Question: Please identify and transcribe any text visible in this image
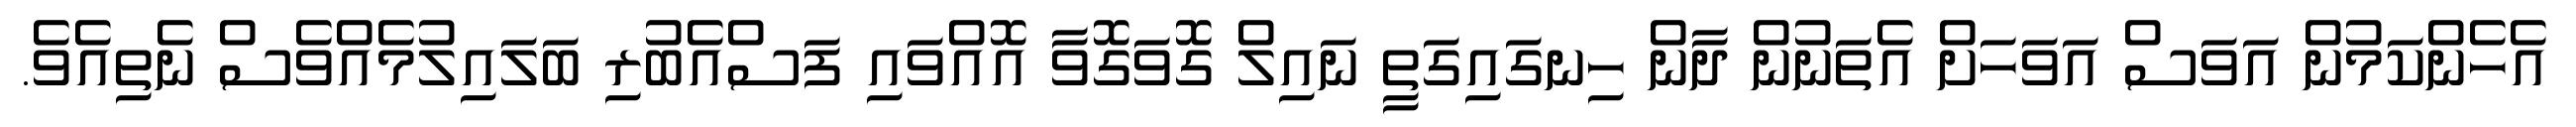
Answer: އެހެންކަމުން އަވަސް އަވަހަށް އެތަނުން ދާން ހިނގައިގަތީ ނައިލް ގޮވަގޮވާ އޮއްވައި ފަސްއެބުރި ބަލައިލުމެއްވެސް ނެތިއެވެ.